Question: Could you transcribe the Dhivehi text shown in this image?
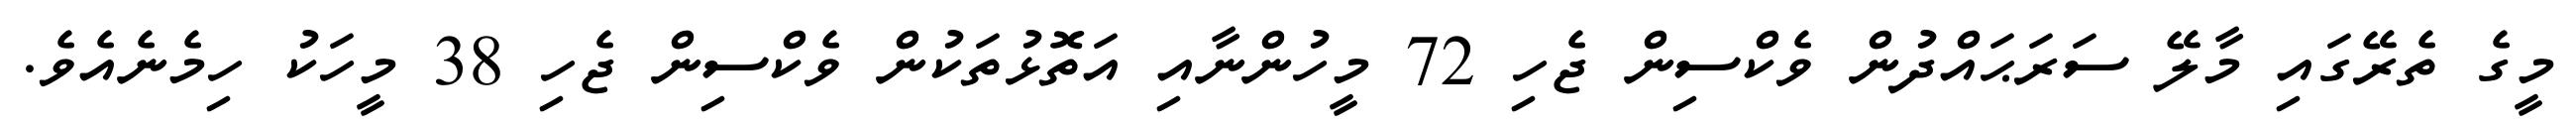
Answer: މީގެ ތެރޭގައި މާލޭ ސަރަޙައްދުން ވެކްސިން ޖެހި 72 މީހުންނާއި އަތޮޅުތަކުން ވެކްސިން ޖެހި 38 މީހަކު ހިމެނެއެވެ.